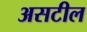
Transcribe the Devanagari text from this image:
असटील